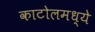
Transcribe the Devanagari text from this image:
काटोलमध्ये